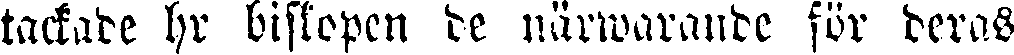
tackade hr biskopen de närwarande för deras